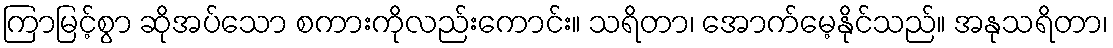
ကြာမြင့်စွာ ဆိုအပ်သော စကားကိုလည်းကောင်း။ သရိတာ၊ အောက်မေ့နိုင်သည်။ အနုသရိတာ၊